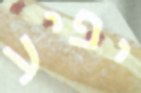
יפיע